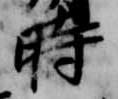
時